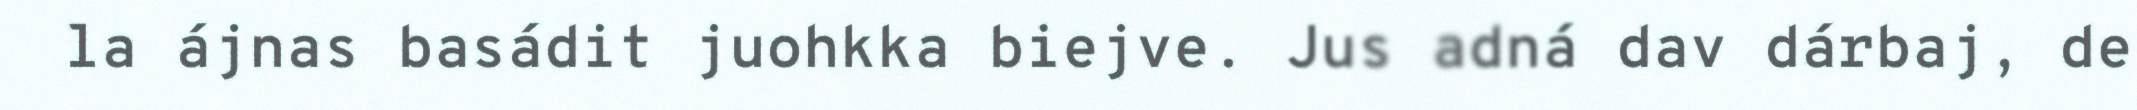
la ájnas basádit juohkka biejve. Jus adná dav dárbaj, de